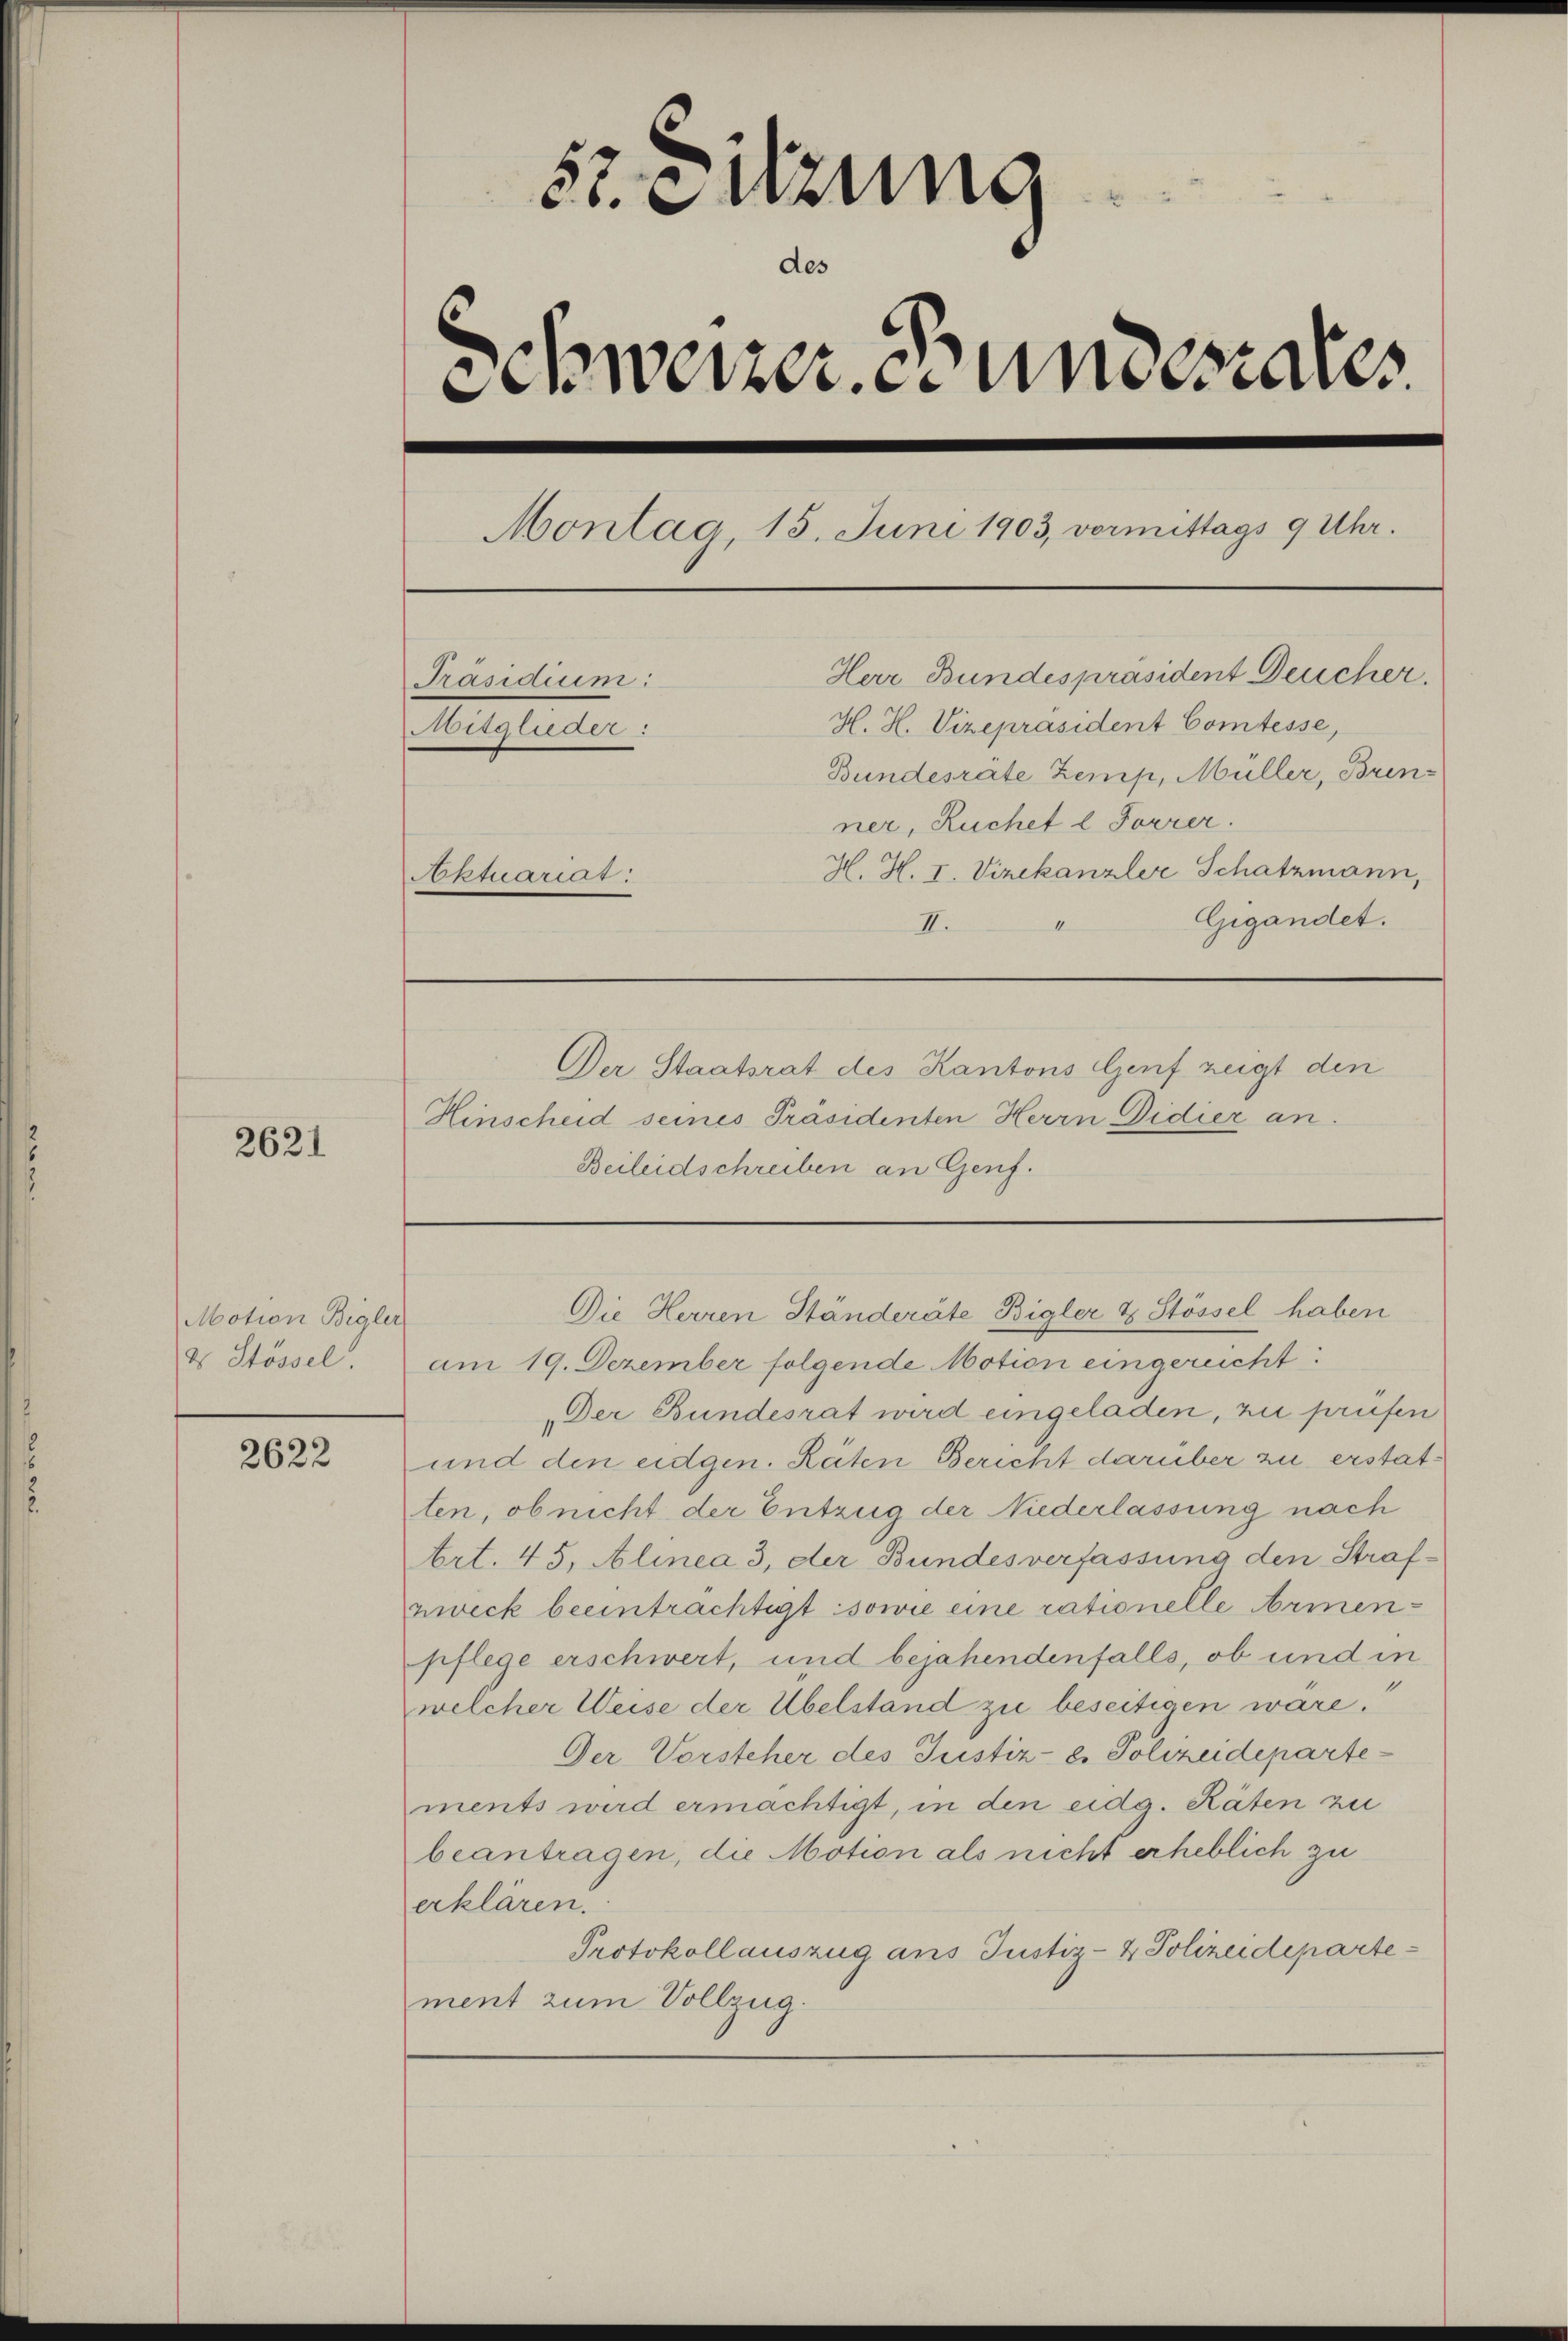
2621

Motion Bigler
ds Stössel

2622

52. Sitzung

des
denweizer undesrates
Montag, 15. Juni 1903, vermittags 9 Uhr.
Herr Bundespräsident Deucher.
Präsidium:
H. H. Vizepräsident Comtesse,
Mitglieder:
Bundesräte Zemp, Müller, Brinner, Ruchet l Forrer.
H. H. I. Vizekanzler Schatzmann,
Aktuariat
Gigandet.
4
II.
Der Staatsrat des Kantons Genf zeigt den
Hinscheid seines Präsidenten Herrn Didier an.

Beileidschreiben an Genf.

am 19. Dezember folgende Motion eingereicht:
Der Bundesrat wird eingeladen, zu prüfen
und den eidgen. Räten Bericht darüber zu erstatten, ob nicht der Entzug der Niederlassung nach
Art. 45, Alinea 3, der Bundesverfassung den Strafzweck beeinträchtigt sowie eine rationelle Armenpflege erschwert, und bejahendenfalls, ob und in
welcher Weise der Übelstand zu beseitigen wäre.“
Der Vorsteher des Justiz- & Polizeidepartements wird ermächtigt, in den eidg. Räten zu
beantragen, die Motion als nicht erheblich zu
erklären.
Protokollauszug ans Justiz- & Polizeidepartement zum Vollzug.

Die Herren Ständeräte Bigler & Stössel haben